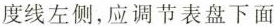
度线左侧，应调节表盘下面